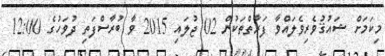
މިކަމަށް ޝައުޤުވެރިވެލައްވާ ފަރާތްތަކުން 02 ޖުލައި 2015 ވާ ބުރާސްފަތި ދުވަހުގެ 12:00